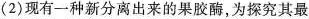
(2)现有一种新分离出来的果胶酶，为探究其最